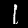
Digit: 1